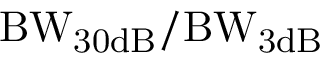
\mathrm { B W _ { 3 0 d B } / B W _ { 3 d B } }